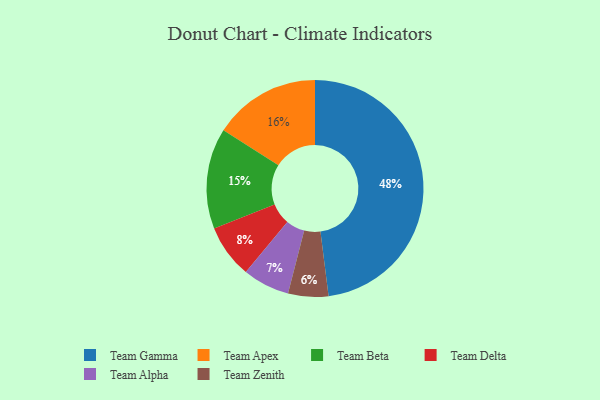
{"axis": {"x": "Category", "y": "Percentage"}, "legend": ["Team Alpha", "Team Apex", "Team Beta", "Team Delta", "Team Gamma", "Team Zenith"], "data": [{"x": "Team Beta", "y": 15, "type": "Team Beta"}, {"x": "Team Zenith", "y": 6, "type": "Team Zenith"}, {"x": "Team Delta", "y": 8, "type": "Team Delta"}, {"x": "Team Apex", "y": 16, "type": "Team Apex"}, {"x": "Team Alpha", "y": 7, "type": "Team Alpha"}, {"x": "Team Gamma", "y": 48, "type": "Team Gamma"}]}